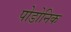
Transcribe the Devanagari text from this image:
पोडोनिक